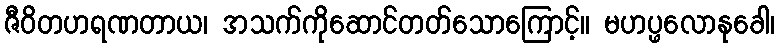
ဇီဝိတဟရဏတာယ၊ အသက်ကိုဆောင်တတ်သောကြောင့်။ မဟပ္ဖလောနုခေါ၊